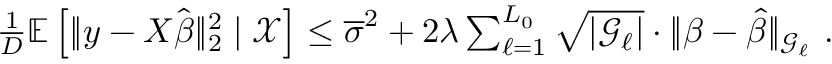
\begin{array} { r } { \frac 1 D \mathbb E \left[ | \! | \boldsymbol { y } - X \hat { \boldsymbol { \beta } } | \! | _ { 2 } ^ { 2 } \mid \mathcal X \right] \leq \overline { { \sigma } } ^ { 2 } + 2 \lambda \sum _ { \ell = 1 } ^ { L _ { 0 } } \sqrt { | { \mathcal G } _ { \ell } | } \cdot | \! | \boldsymbol { \beta } - \boldsymbol { \hat { \beta } } | \! | _ { { \mathcal G } _ { \ell } } \ . } \end{array}